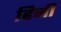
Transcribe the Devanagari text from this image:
हिनी